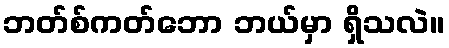
ဘတ်စ်ကတ်ဘော ဘယ်မှာ ရှိသလဲ။